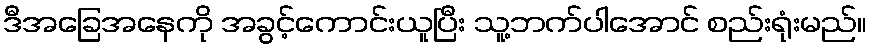
ဒီအခြေအနေကို အခွင့်ကောင်းယူပြီး သူ့ဘက်ပါအောင် စည်းရုံးမည်။